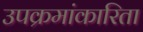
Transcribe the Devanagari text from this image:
उपक्रमांकारिता